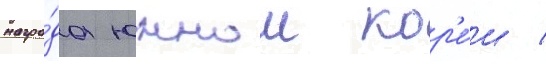
награ́да южнои кор'е́и /